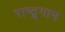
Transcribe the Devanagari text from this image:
राष्ट्र्गान